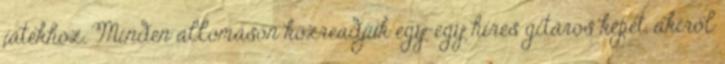
játékhoz. Minden állomáson közreadjuk egy-egy híres gitáros képét, akiről